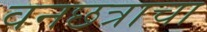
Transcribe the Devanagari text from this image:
वनछत्राचा